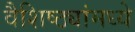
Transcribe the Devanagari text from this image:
वैशिष्ठ्यांमध्ये